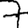
Digit: 7